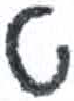
אות: ט